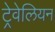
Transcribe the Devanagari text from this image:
ट्रेवेलियन